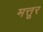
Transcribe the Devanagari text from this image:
मत्तूर